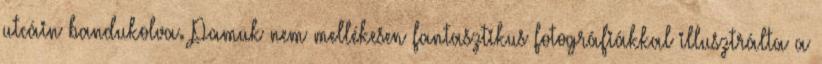
utcáin bandukolva. Pamuk nem mellékesen fantasztikus fotográfiákkal illusztrálta a